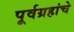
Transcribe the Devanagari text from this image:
पूर्वग्रहांचे